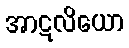
အာဋလိယော